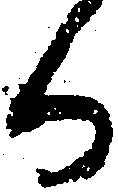
る